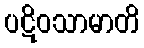
ပဋိဝသာမာတိ